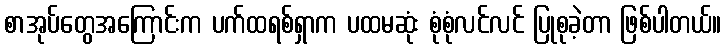
စာအုပ်တွေအကြောင်းက ပက်ထရစ်ရှာက ပထမဆုံး စုံစုံလင်လင် ပြုစုခဲ့တာ ဖြစ်ပါတယ်။